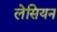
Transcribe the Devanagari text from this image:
लेसियन